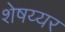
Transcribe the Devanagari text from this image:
शेषय्यर